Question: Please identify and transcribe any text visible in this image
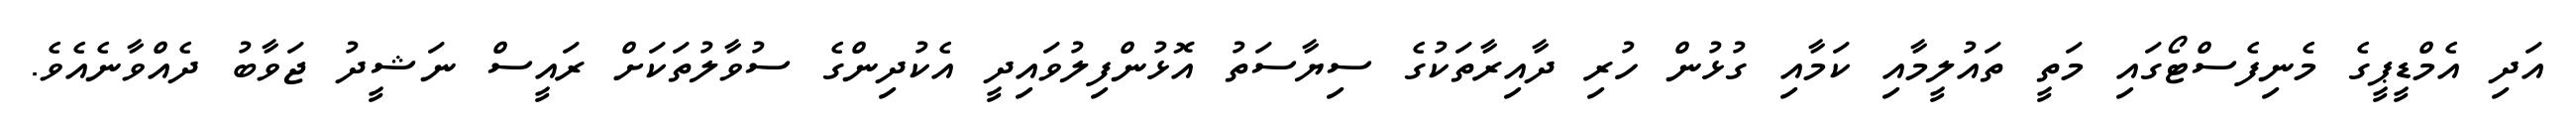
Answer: އަދި އެމްޑީޕީގެ މެނިފެސްޓޯގައި މަތީ ތައުލީމާއި ކަމާއި ގުޅުން ހުރި ދާއިރާތަކުގެ ސިޔާސަތު އޮޅުންފިލުވައިދީ އެކުދިންގެ ސުވާލުތަކަށް ރައީސް ނަޝީދު ޖަވާބު ދެއްވާނެއެވެ.